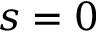
s = 0